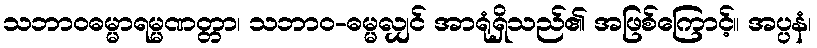
သဘာဝဓမ္မာရမ္မဏတ္တာ၊ သဘာဝ-ဓမ္မလျှင် အာရုံရှိသည်၏ အဖြစ်ကြောင့်။ အပ္ပနံ၊